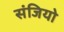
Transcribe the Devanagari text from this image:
संजियो